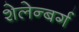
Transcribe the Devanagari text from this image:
शेलेन्बर्ग